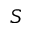
S